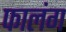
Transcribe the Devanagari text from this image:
फालंग